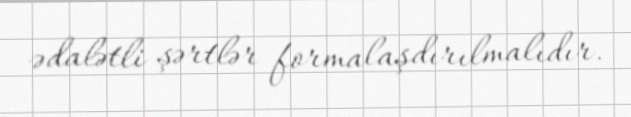
ədalətli şərtlər formalaşdırılmalıdır.